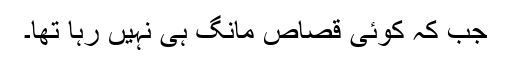
جب کہ کوئی قصاص مانگ ہی نہیں رہا تھا۔